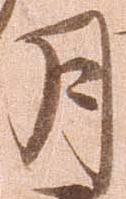
月